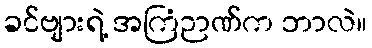
ခင်ဗျားရဲ့ အကြံဉာဏ်က ဘာလဲ။